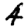
Digit: 4